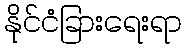
နိုင်ငံခြားရေးရာ